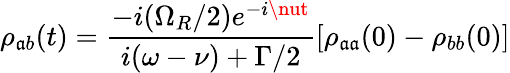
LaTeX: \rho_{\mathfrak{a}b}(t)={\frac{{-i(\Omega_{R}/2)e^{-i\nut}}}{{i(\omega-\nu)+\Gamma/2}}}[\rho_{\mathfrak{a}\mathfrak{a}}(0)-\rho_{bb}(0)]